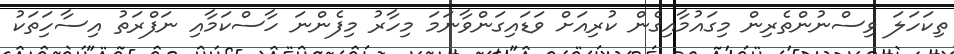
ތިކަހަލަ ވިސްނުންތެރިން މިގައުމާއިގެން ކުރިއަށް ވަޑައިގަންވާނަމަ މިހާރު މިފެންނަ ހާސްކަމާއި ނަފްރަތު އިސާހިަތަކު